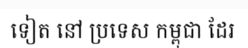
ទៀត នៅ ប្រទេស កម្ពុជា ដែរ